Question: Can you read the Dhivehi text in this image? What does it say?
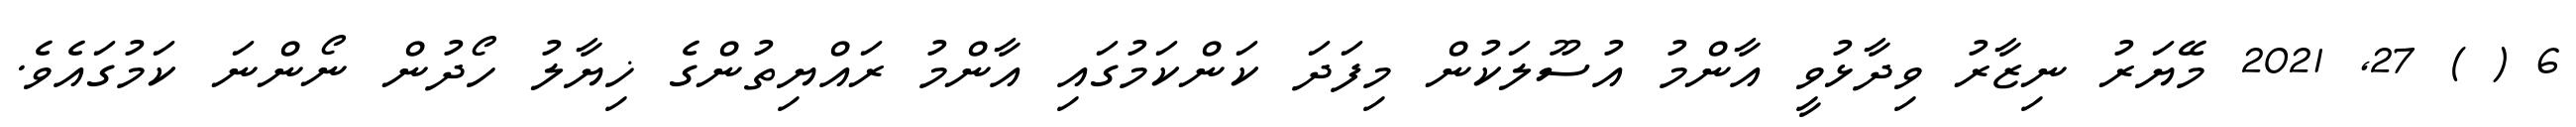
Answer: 6 ( ) 27, 2021 މޭޔަރު ނިޒާރު ވިދާޅުވީ އާންމު އުސޫލަކުން މިފަދަ ކަންކަމުގައި އާންމު ރައްޔިތުންގެ ޚިޔާލު ހޯދުން ނޯންނަ ކަމުގައެވެ.